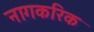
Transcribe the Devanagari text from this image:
नागकरिक